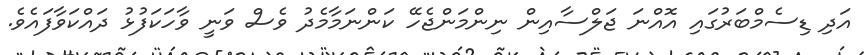
އަދި ޑިސެމްބަރުގައި އޮއްނަ ޖަލްސާއިން ނިންމަންޖެހޭ ކަންނަމާމެދު ވެސް ވަނީ ވާހަކަފުޅު ދައްކަވާފައެވެ.